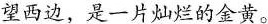
望西边，是一片灿烂的金黄。